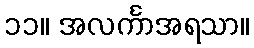
၁၁။ အလင်္ကာအရသာ။